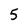
Character: 5